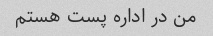
من در اداره پست هستم